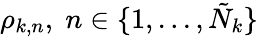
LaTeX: \rho_{k,n},\; n\in\{ 1,...,\tilde{N}_{k}\}